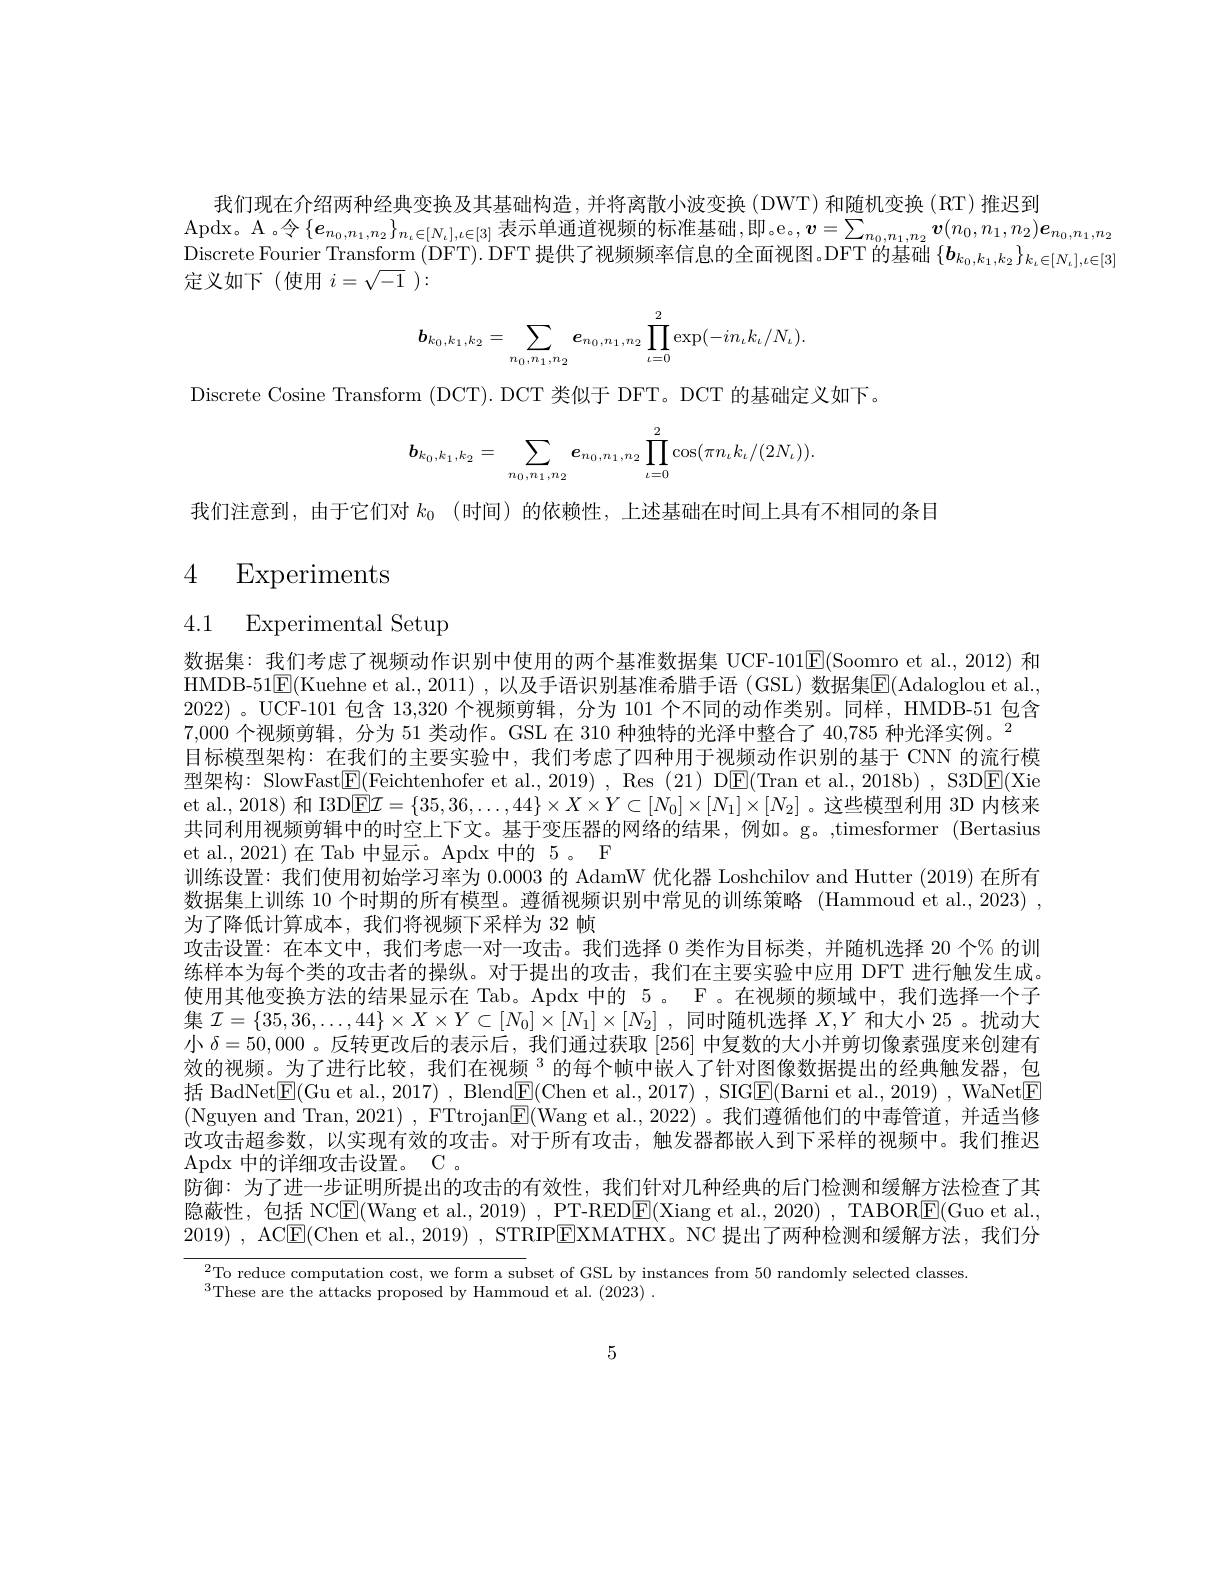
我们现在介绍两种经典变换及其基础构造，并将离散小波变换(DWT)和随机变换(RT)推迟到
$\operatorname{Apdx。A}$。令$\{e_n_0,n_1,n_2\}_{n_t\in[N_t],l\in[3]}$表示单通道视频的标准基础，即。e。$,\boldsymbol v=\sum_n_0,n_1,n_2v(n_0,n_1,n_2)\boldsymbol{e}_{n_0,n_1,n_2}$ Discrete Fourier Transform (DFT). DFT 提供了视频频率信息的全面视图。DFT 的基础$\{\boldsymbol{b}_k_0,k_1,k_2\}_{k_\iota\in[N_\iota],\iota\in[3]}$ 定义如下(使用$i=\sqrt-1$ ):
$$\boldsymbol{b}_{k_0,k_1,k_2}=\sum_{n_0,n_1,n_2}\boldsymbol{e}_{n_0,n_1,n_2}\prod_{\iota=0}^2\exp(-in_\iota k_\iota/N_\iota).$$
Discrete Cosine Transform (DCT). DCT 类似于 DFT。DCT 的基础定义如下。
$$\boldsymbol{b}_{k_0,k_1,k_2}=\sum\limits_{n_0,n_1,n_2}\boldsymbol{e}_{n_0,n_1,n_2}\prod\limits_{\iota=0}^2\cos(\pi n_\iota k_\iota/(2N_\iota)).$$
我们注意到，由于它们对$k_0$ (时间)的依赖性，上述基础在时间上具有不相同的条目

# 4 Experiments

4.1 Experimental Setup

数据集：我们考虑了视频动作识别中使用的两个基准数据集 UCF-101$\boxed{\mathrm{E}}($Soomro et al.,2012)和HMDB-51$\mathbb{E}($Kuehne et al., 2011) , 以及手语识别基准希腊手语 (GSL) 数据集$\mathbb{E}($Adaloglou et al., 2022) 。UCF-101 包含 13,320 个视频剪辑，分为 101 个不同的动作类别。同样，HMDB-51 包含7,000 个视频剪辑，分为 51 类动作。GSL 在 310 种独特的光泽中整合了 40,785 种光泽实例。$^2$
目标模型架构：在我们的主要实验中，我们考虑了四种用于视频动作识别的基于 CNN 的流行模型架构：SlowFast$\boxed{\mathrm{F}}($Feichtenhofer et al., 2019) , Res (21) DE(Tran et al., 2018b) , S3DE(Xie et al., 2018) 和 I3D$\overline{\text{E}\mathcal{I}}=\{35,36,\ldots,44\}\times X\times Y\subset[N_0]\times[N_1]\times[N_2]$。这些模型利用 3D 内核来共同利用视频剪辑中的时空上下文。基于变压器的网络的结果，例如。g。,timesformer (Bertasius et al., 2021) 在 Tab 中显示。Apdx 中的 5 。F
训练设置：我们使用初始学习率为0.0003的 AdamW 优化器 Loshchilov and Hutter (2019)在所有数据集上训练 10 个时期的所有模型。遵循视频识别中常见的训练策略 (Hammoud et al.,2023) , 为了降低计算成本，我们将视频下采样为 32 帧
攻击设置：在本文中，我们考虑一对一攻击。我们选择 0 类作为目标类，并随机选择 20 个% 的训练样本为每个类的攻击者的操纵。对于提出的攻击，我们在主要实验中应用 DFT 进行触发生成。使用其他变换方法的结果显示在 Tab。Apdx 中的 5 。F 。在视频的频域中，我们选择一个子集$\mathcal{I}=\{35,36,\ldots,44\}\times X\times Y\subset[N_0]\times[N_1]\times[N_2]$ ,同时随机选择$X,Y$和大小 25 。扰动大小$\delta=50,000$ 。反转更改后的表示后，我们通过获取[256]中复数的大小并剪切像素强度来创建有效的视频。为了进行比较，我们在视频$^{3}$的每个帧中嵌入了针对图像数据提出的经典触发器，包括 BadNet$\underline{\mathrm{E}}($Gu et al., 2017) , Blend$\underline\underline{\mathrm{E}}($Chen et al., 2017) , SIG$\underline{\mathrm{E}}($Barni et al., 2019) , WaNet$\underline{\mathrm{E}}$ (Nguyen and Tran, 2021) , FTtrojan$\underline{\mathrm{E}}($Wang et al., 2022) 。我们遵循他们的中毒管道，并适当修改攻击超参数，以实现有效的攻击。对于所有攻击，触发器都嵌人到下采样的视频中。我们推迟Apdx中的详细攻击设置。C .
防御：为了进一步证明所提出的攻击的有效性，我们针对几种经典的后门检测和缓解方法检查了其隐蔽性，包括 NCE(Wang et al., 2019) , PT-REDE(Xiang et al., 2020) , TABORE(Guo et al., 2019) , AC$\underline {\mathrm{E} }($Chen et al., 2019) , STRIP$\underline{\mathrm{E}}$XMATHX。NC 提出了两种检测和缓解方法，我们分
$^{2}$To reduce computation cost, we form a subset of GSL by instances from 50 randomly selected classes
$^{3}$These are the attacks proposed by Hammoud et al. (2023) .

5